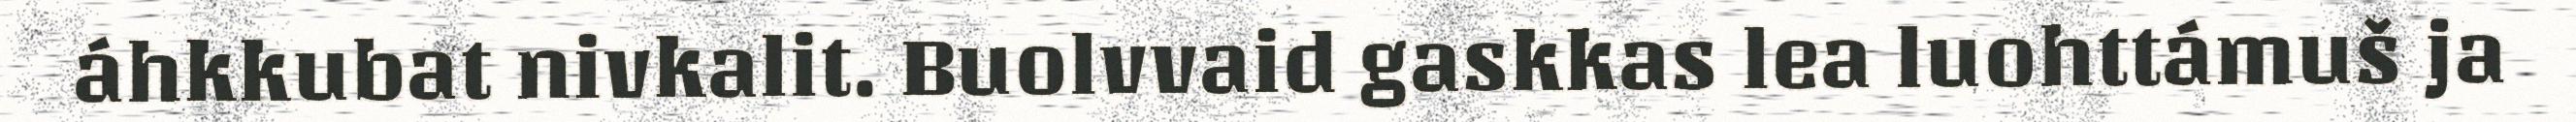
áhkkubat nivkalit. Buolvvaid gaskkas lea luohttámuš ja